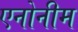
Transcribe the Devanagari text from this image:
एनोनीम